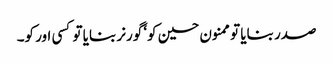
صدر بنایا تو ممنون حسین کو‘ گورنر بنایا تو کسی اور کو۔